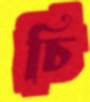
চি